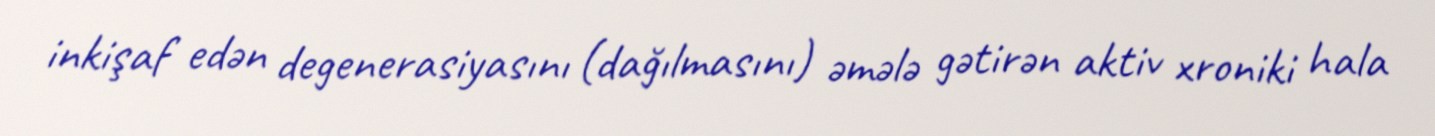
inkişaf edən degenerasiyasını (dağılmasını) əmələ gətirən aktiv xroniki hala